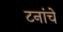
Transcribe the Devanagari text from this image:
टनांचे